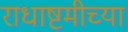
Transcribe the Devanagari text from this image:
राधाष्टमीच्या